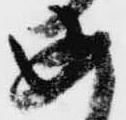
安